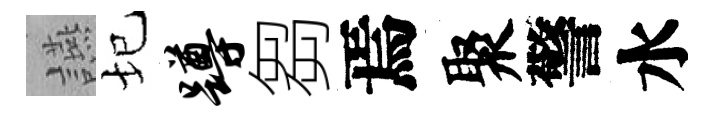
讌圮蹲芻焉聚警水